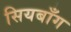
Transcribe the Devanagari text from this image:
सियबाँग